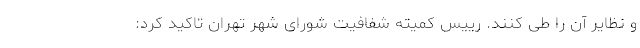
و نظایر آن را طی کنند. رییس کمیته شفافیت شورای شهر تهران تاکید کرد: